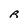
Character: R